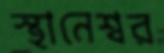
স্থানেশ্বর